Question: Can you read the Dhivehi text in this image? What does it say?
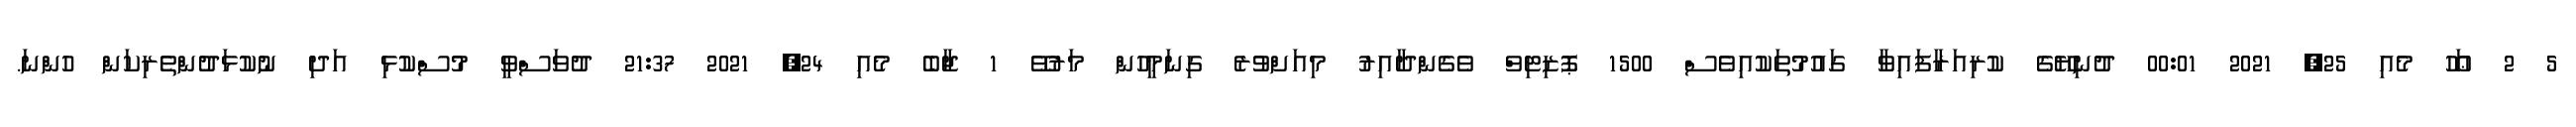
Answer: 5 2 ޢަހޫ މެއި 25, 2021 00:01 ދުނިޔޭގެ ކުރިއަރާފައިވާ ގައުމުތަކުއިވެސް 1500 ޕޮޒިޓިވް ވެގެންދާއިރު މިއަށްވުރެ ގިނަމީހުން މަރުވޭ 1 ޖާބެ މެއި 24, 2021 21:37 ދުވަސްވީ މުސްކުޅި އަދި ނުކުޅަދުންތެރިކަން ހުންނަ.